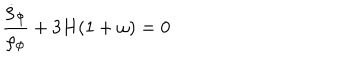
{ \frac { \dot { \rho } _ { \phi } } { \rho _ { \phi } } } + 3 H ( 1 + \omega ) = 0